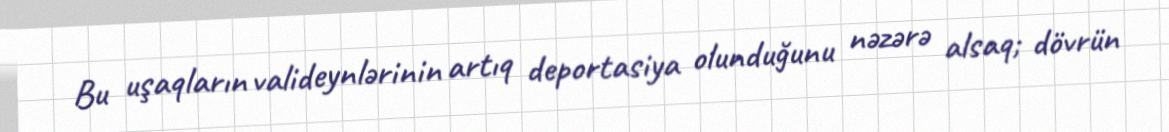
Bu uşaqların valideynlərinin artıq deportasiya olunduğunu nəzərə alsaq; dövrün